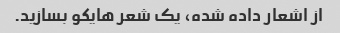
از اشعار داده شده، یک شعر هایکو بسازید.